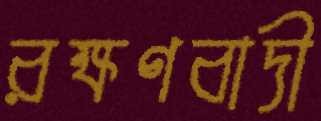
রক্ষণবাদী